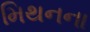
મિથનના